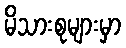
မိသားစုများမှာ